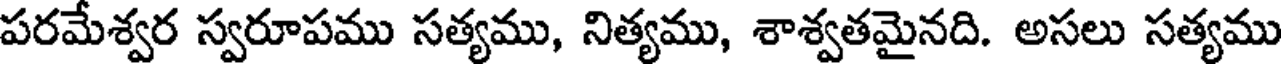
పరమేశ్వర స్వరూపము సత్యము, నిత్యము, శాశ్వతమైనది. అసలు సత్యము